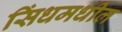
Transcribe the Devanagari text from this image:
सिंधमधील